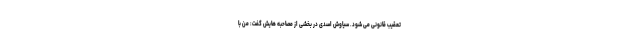
تعقیب قانونی می شود. سیاوش اسدی در بخشی از مصاحبه هایش گفت: من با